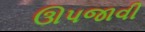
ઊપજાવી